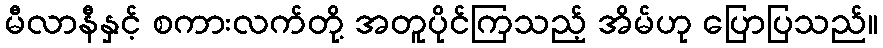
မီလာနီနှင့် စကားလက်တို့ အတူပိုင်ကြသည့် အိမ်ဟု ပြောပြသည်။